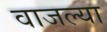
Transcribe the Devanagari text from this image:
वाजल्या